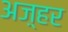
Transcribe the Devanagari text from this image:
अज़्हर